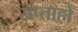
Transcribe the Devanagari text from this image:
सप्ताहो